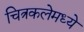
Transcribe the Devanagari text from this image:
चित्रकलेमध्ये